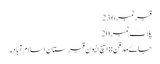
قبرنمبر 236
پلاٹ نمبر 20
جائے مدفن:: ایچ الیون قبرستان اسلام آباد۔